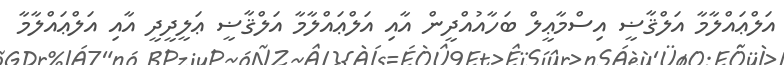
އަލްޢައްލާމާ އަލްޤާޟީ އިސްމާޢީލް ބަހާއުއްދީން އާއި އަލްޢައްލާމާ އަލްޤާޟީ ޢަލީދީދީ އާއި އަލްޢައްލާމާ